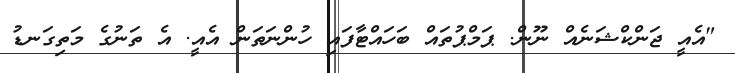
"އެއީ ޖަންކްޝަނެއް ނޫން. ޕަމްޕުތައް ބަހައްޓާފައި ހުންނަތަން އެއީ. އެ ތަނުގެ މަތިގަނޑު